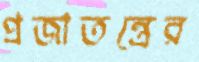
প্রজাতন্ত্রের